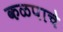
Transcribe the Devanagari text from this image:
कळपाचे